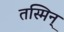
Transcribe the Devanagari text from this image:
तस्मिन्‌